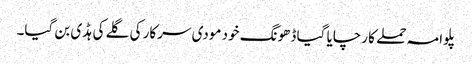
پلوامہ حملے کا رچایا گیا ڈھونگ خود مودی سرکار کی گلے کی ہڈی بن گیا۔